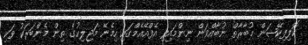
ކޮލިފިކޭޝަން މުބާރާތް ނުބާއްވަން ނިންމައިފި އެފްއޭއެމްގައި ހިމެނޭ މަޖިލިހުގެ ތިން މެންބަރަކު ވަކި